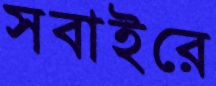
সবাইরে